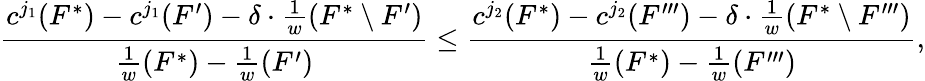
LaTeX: \frac{c^{j_{1}}(F^{*})-c^{j_{1}}(F^{\prime})-\delta\cdot\frac{1}{w}(F^{*}\setminus F^{\prime})}{\frac{1}{w}(F^{*})-\frac{1}{w}(F^{\prime})}\le\frac{c^{j_{2}}(F^{*})-c^{j_{2}}(F^{\prime\prime\prime})-\delta\cdot\frac{1}{w}(F^{*}\setminus F^{\prime\prime\prime})}{\frac{1}{w}(F^{*})-\frac{1}{w}(F^{\prime\prime\prime})},